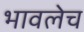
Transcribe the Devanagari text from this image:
भावलेच